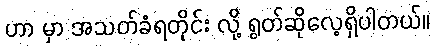
ဟာ မှာ အသတ်ခံရတိုင်း လို့ ရွတ်ဆိုလေ့ရှိပါတယ်။